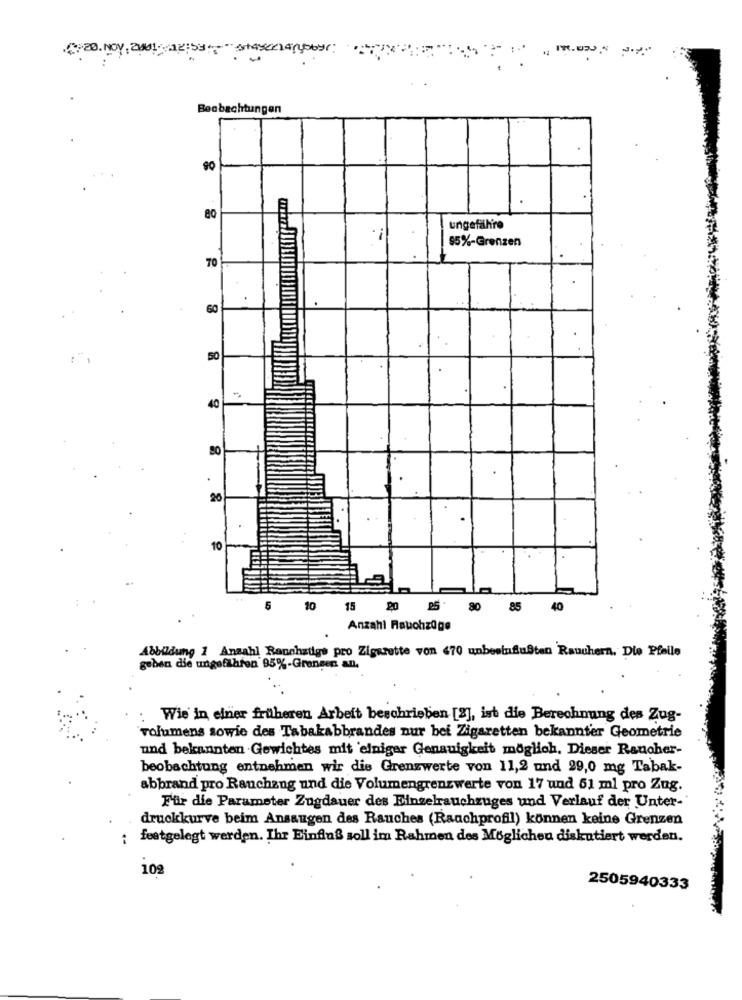
(720.NOV. 2001:2:53-14sklepyby:
Beobachtungen
90
ungefähre
.i
95%-Grenzen
70
60
50
-
40
80
20
10
5
10
15
20 25. 80 85
40
Anzahl Rauchzüge
Abbildung 1 Anzahl Ranchadige pro Zigarette von 470 unbeeinflußten Rauchern. Die Pfeile
geben die ungefähron 95%-Graneen an.
Wie in einer früheren Arbeit beschrieben [2], ist die Berechnung des Zug-
volumens sowie des Tabakabbrandes nur bei Zigaretten bekannter Geometrie
und bekannten Gewichtes mit einiger Genauigkeit möglich. Dieser Rancher-
beobachtung entnehmen wir die Grenzwerte von 11,2 und 29,0 mg Tabak-
abbrand pro Rauchang und die Volumengrenzwerte von 17 und 61 ml pro Zug.
Für die Parameter Zugdauer des Einzelrauchzuges und Verlauf der Unter-
druckkurve beim Ansaugen des Rauches (Ranchprofil) können keine Grenzen
festgelegt werden. Ihr Einfluß soll im Rahmen des Möglichen diskutiert werden.
102
2505940333